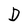
Character: D